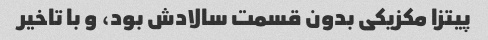
پیتزا مکزیکی بدون قسمت سالادش بود، و با تاخیر